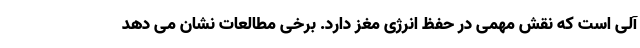
آلی است که نقش مهمی در حفظ انرژی مغز دارد. برخی مطالعات نشان می دهد